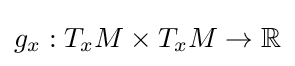
g_{x}:T_{x}M\times T_{x}M\to \mathbb {R}